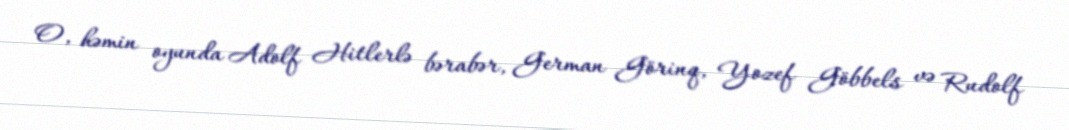
O, həmin oyunda Adolf Hitlerlə bərabər, German Görinq, Yozef Göbbels və Rudolf